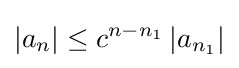
|a_{n}|\leq c^{n-n_{1}}\left|a_{n_{1}}\right|